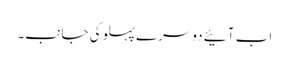
اب آئیے دوسرے پہلوکی جانب۔